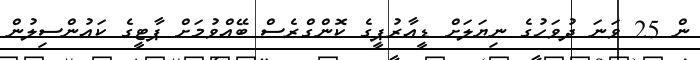
ން 25 ވަނަ ދުވަހުގެ ނިޔަލަށް ޑީއާރުޕީގެ ކޮންގްރެސް ބޭއްވުމަށް ޕާޓީގެ ކައުންސިލުން